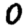
Digit: 0